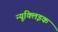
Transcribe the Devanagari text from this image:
न्यूक्‍लिइक